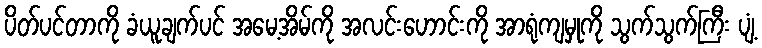
ပိတ်ပင်တာကို ခံယူချက်ပင် အမေ့အိမ်ကို အလင်းဟောင်းကို အာရုံကျမှုကို သွက်သွက်ကြီး ပျံ့